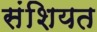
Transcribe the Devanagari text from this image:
संशियत